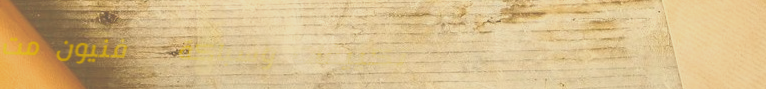
تكييفات وسباكة   فنيون مت